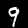
Label: 9